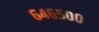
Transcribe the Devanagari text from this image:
६४६५००